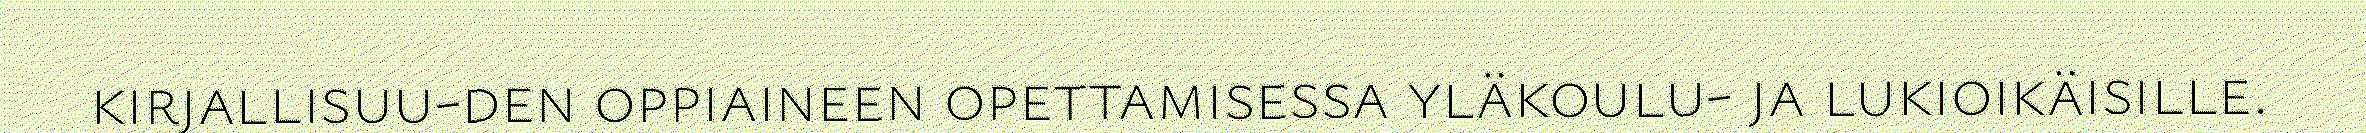
kirjallisuu-den oppiaineen opettamisessa yläkoulu- ja lukioikäisille.